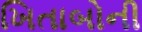
ખિતાબોની